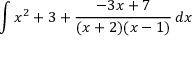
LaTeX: \int x ^ { 2 } + 3 + { \frac { - 3 x + 7 } { ( x + 2 ) ( x - 1 ) } } \, d x